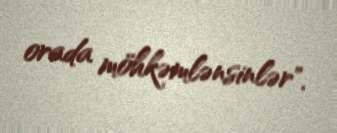
orada möhkəmlənsinlər".